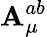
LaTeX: \mathbf{A}_{\mu}^{ab}